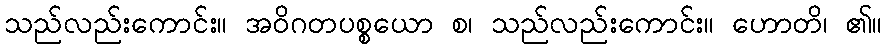
သည်လည်းကောင်း။ အဝိဂတပစ္စယော စ၊ သည်လည်းကောင်း။ ဟောတိ၊ ၏။